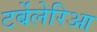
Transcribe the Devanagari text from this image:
टर्बेलेरिआ